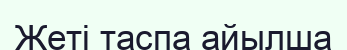
Жеті таспа айылша